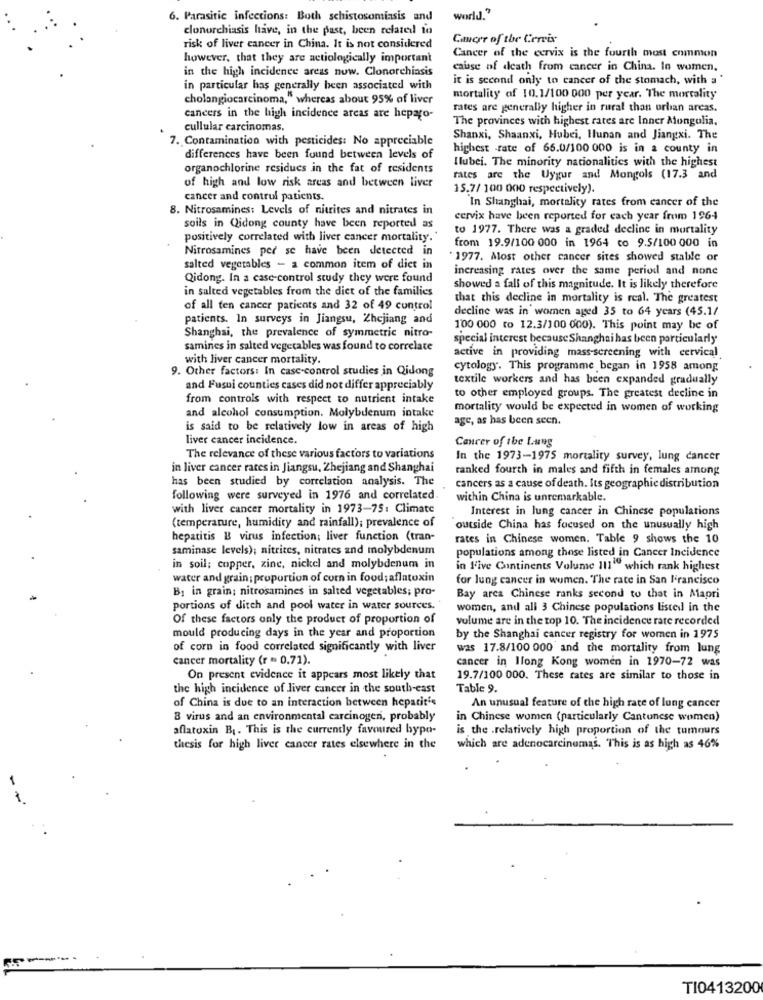
6. Parasitic infections: Both schistosomiasis and
world."
clonorchiasis have, in the past, been related to
Cancer of the Cervix
risk of liver cancer in China. It is not considered
Cancer of the cervix is the fourth most common
however, that they are actiologically important
in the high incidence areas now. Clonorchiasis
cause of death from cancer in China. In women,
it is second only to cancer of the stomach, with a
in particular has generally been associated with
cholangiocarcinoma," whereas about 95% of liver
mortality of 10.1/100 000 per year. The mortality
rates are generally higher in rural than urban areas.
cancers in the high incidence areas are hepago-
The provinces with highest rates are Inner Mongolia.
cullular carcinomas.
7. Contamination with pesticides: No appreciable
Shanxi, Shaanxi, Hubei, Ilunan and Jiangxi. The
highest -rate of 66.0/100 000 is in a county in
differences have been found between levels of
Ilubei. The minority nationalities with the highest
organochlorine residues in the fat of residents
of high and low risk areas and between liver
rates are the Uygur and Mongols (17.3 and
15.7/ 100 000 respectively).
cancer and control patients.
In Shanghai, mortality rates from cancer of the
8. Nitrosamines: Levels of nitrites and nitrates in
cervix have been reported for each year from 1964
soils in Qidong county have been reported as
to 1977. There was a graded decline in mortality
positively correlated with liver cancer mortality.
from 19.9/100 000 in 1964 co 9.5/100 000 in
Nitrosamines per se have been detected in
* 1977. Most other cancer sites showed stabile or
salted vegetables - a common item of diet in
increasing rates over the same period and none
Qidong. In a case-control study they were found
in salted vegetables from the diet of the families
showed a fall of this magnitude. It is likely therefore
that this decline in mortality is real. The greatest
of all ten cancer patients and 32 of 49 control
decline was in women aged 35 to 64 years (45.1/
patients. In surveys in Jiangsu, Zhejiang and
Shanghai, the prevalence of symmetric nitro-
100 000 to 12.3/100 000). This point may be of
special interest because Shanghai has been particularly
samines in salted vegetables was found to correlate
with liver cancer mortality.
active in providing mass-screening with cervical
9. Other factors: In case-control studies in Qidong
cytology. This programme began in 1958 among
textile workers and has been expanded gradually
and Fusui counties cases did not differ appreciably
from controls with respect to nutrient intake
to other employed groups. The greatest decline in
and alcohol consumption. Molybdenum intake
mortality would be expected in women of working
age, as has been seen.
is said to be relatively low in areas of high
liver cancer incidence.
Cancer of the Lung
The relevance of these various factors to variations
In the 1973-1975 mortality survey, lung cancer
in liver cancer rates in Jiangsu, Zhejiang and Shanghai
ranked fourth in males and fifth in females among
has been studied by correlation analysis. The
cancers as a cause of death. Its geographie distribution
following were surveyed in 1976 and correlated
within China is unremarkable.
with liver cancer mortality in 1973-75: Climate
Interest in lung cancer in Chinese populations
(temperature, humidity and rainfall); prevalence of
outside China has focused on the unusually high
hepatitis B virus infection; liver function (tran-
rates in Chinese women. Table 9 shows the 10
saminase levels); nitrites, nitrates and molybdenum
populations among those listed in Cancer Incidence
in soil; copper, zinc, nickel and molybdenum in
in Five Continents Volume III" which rank highest
water and grain; proportion of corn in food; aflatoxin
for lung cancer in women. The rate in San l'rancisco
B1 in grain; nitrosamines in salted vegetables; pro-
Bay area Chinese ranks second to that in Mapri
portions of ditch and pool water in water sources.
women, and all 3 Chinese populations listed in the
Of these factors only the product of proportion of
volume are in the top 10. The incidence rate recorded
mould producing days in the year and proportion
by the Shanghai cancer registry for women in 1975
of corn in food correlated significantly with liver
was 17.8/100 000 and the mortality from lung
cancer mortality (r = 0.71).
cancer in Hong Kong women in 1970-72 was
On present evidence it appears most likely that
19.7/100 000. These rates are similar to those in
the high incidence of liver cancer in the south-east
Table 9.
of China is due to an interaction between hepatit's
An unusual feature of the high rate of lung cancer
B virus and an environmental carcinogen, probably
in Chinese women (particularly Cantonese women)
aflatoxin B1. This is the currently favoured bypo-
is the .relatively high proportion of the tumours
thesis for high liver cancer rates elsewhere in the
which are adenocarcinomas. This is as high as 46%
-
TI0413200